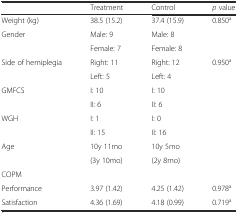
|  | Treatment | Control | p value |
 | --- | --- | --- | --- |
 | Weight (kg) | 38.5 (15.2) | 37.4 (15.9) | 0.850a |
 | <ROWSPAN=2> Gender | Male: 9 | Male: 8 | <ROWSPAN=2>  |
 | Female: 7 | Female: 8 |
 | Side of hemiplegia | Right: 11 | Right: 12 | <ROWSPAN=8> 0.950a |
 |  | Left: 5 | Left: 4 |
 | GMFCS | I: 10 | I: 10 |
 |  | II: 6 | II: 6 |
 | <ROWSPAN=2> WGH | I: 1 | I: 0 |
 | II: 15 | II: 16 |
 | <ROWSPAN=2> Age | 10y 11mo | 10y 5mo |
 | (3y 10mo) | (2y 8mo) |
 | COPM |  |  |  |
 | Performance | 3.97 (1.42) | 4.25 (1.42) | 0.978a |
 | Satisfaction | 4.36 (1.69) | 4.18 (0.99) | 0.719a |